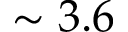
\sim 3 . 6